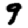
Digit: 9